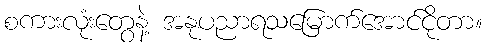
စကားလုံးတွေနဲ့ အနုပညာရသမြောက်အောင်ငိုတာ။